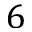
6